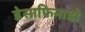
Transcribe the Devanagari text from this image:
डेसाफिनाडो